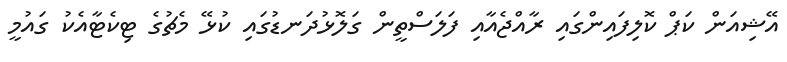
އޭޝިއަން ކަޕް ކޮލިފައިންގައި ރާއްޖެއާއި ފަލަސްތީން ގަލޮޅުދަނޑުގައި ކުޅޭ މެޗުގެ ޓިކެޓާއެކު ގައުމީ